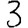
Digit: 3